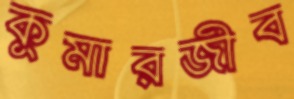
কুমারজীব